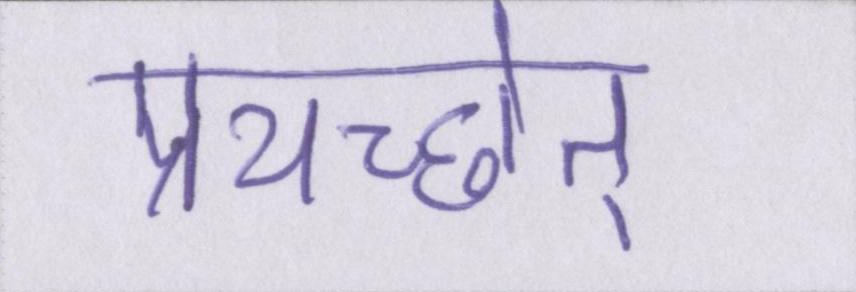
प्रयच्छेत्